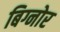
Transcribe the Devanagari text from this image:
बिग्नोर